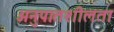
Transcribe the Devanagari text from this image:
अनुपातशीलता